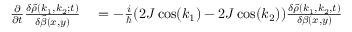
\begin{array} { r l } { \frac { \partial } { \partial t } \frac { \delta \tilde { \rho } ( k _ { 1 } , k _ { 2 } ; t ) } { \delta \tilde { \beta } ( x , y ) } } & { { } = - \frac { i } { \hbar } ( 2 J \cos ( k _ { 1 } ) - 2 J \cos ( k _ { 2 } ) ) \frac { \delta \tilde { \rho } ( k _ { 1 } , k _ { 2 } , t ) } { \delta \beta ( x , y ) } } \end{array}